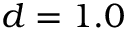
d = 1 . 0